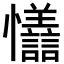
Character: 𪭇